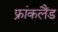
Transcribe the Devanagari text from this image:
फ्रांकलैंड